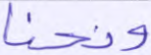
ونجنا